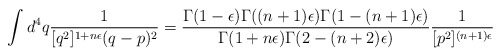
\begin{align*}\int d^4q {1\over [q^2]^{1+n\epsilon}(q-p)^2}={\Gamma(1-\epsilon)\Gamma((n+1)\epsilon)\Gamma(1-(n+1)\epsilon)\over\Gamma(1+n\epsilon)\Gamma(2-(n+2)\epsilon)}{1\over [p^2]^{(n+1)\epsilon}}\end{align*}